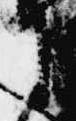
に